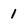
Character: 1